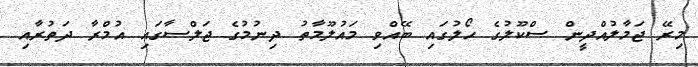
މިރޭ ޖަމާލުއްދީން ސްކޫލުގެ ހޯލުގައި ބޭއްވި މައުލޫމާތު ދިނުމުގެ ޖަލްސާގައި އުމްރާ ދަތުރާއި